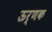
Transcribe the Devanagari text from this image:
ऊर्णक